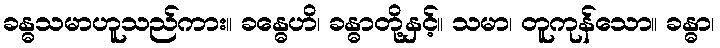
ခန္ဓသမာဟူသည်ကား။ ခန္ဓေဟိ၊ ခန္ဓာတို့နှင့်။ သမာ၊ တူကုန်သော။ ခန္ဓာ၊